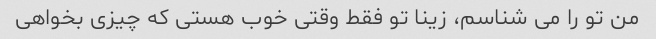
من تو را می شناسم، زینا تو فقط وقتی خوب هستی که چیزی بخواهی